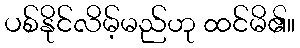
ပစ်နိုင်လိမ့်မည်ဟု ထင်မိ၏။